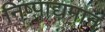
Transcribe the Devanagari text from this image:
निष्पाद्यमान